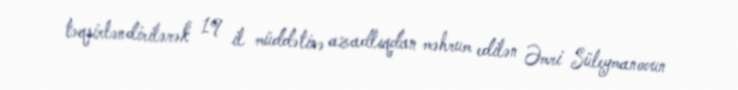
təqsirləndirilərək 19 il müddətinə azadlıqdan məhrum edilən Əmri Süleymanovun